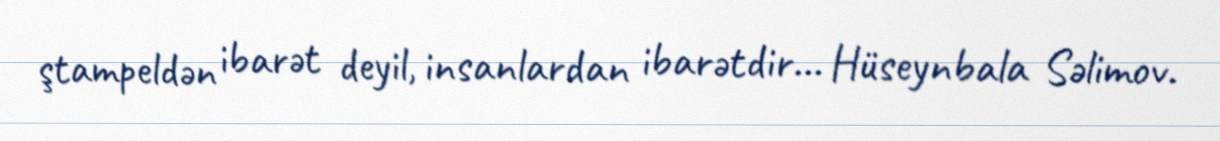
ştampeldən ibarət deyil, insanlardan ibarətdir... Hüseynbala Səlimov.